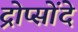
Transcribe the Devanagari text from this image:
द्रोप्सोंदे